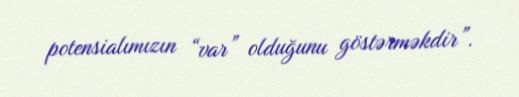
potensialımızın “var” olduğunu göstərməkdir”.